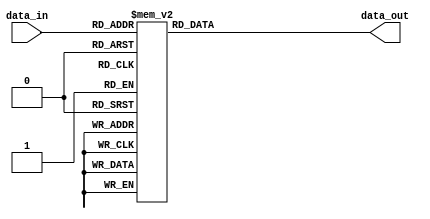
module seg (data_in,data_out);

input [2:0] data_in;
output reg [6:0] data_out;

always @ (*)
begin 
 
 case (data_in)
  3'b000: data_out = 1111110;
  3'b001: data_out = 0110000;
  3'b010: data_out = 1101101;
  3'b011: data_out = 1111001;
  3'b100: data_out = 1001111;
  3'b101: data_out = 1001111;
  3'b110: data_out = 1001111;
  3'b111: data_out = 1001111;
 endcase
end

endmodule

module seg_testbench ();

reg[2:0] data_in;
wire [6:0] data_out;

initial 
begin
 
 data_in = 3'b000; #10;
 data_in = 3'b001; #10;
 data_in = 3'b010; #10;
 data_in = 3'b011; #10;
 data_in = 3'b100; #10;
 data_in = 3'b101; #10;
 data_in = 3'b110; #10;
 data_in = 3'b111; #10;

end
    initial 
    begin
    $display ("\t \t  Time data_in   data_out");
    $monitor ("%d \t\t %b \t\t %b", $time , data_in , data_out);
    end

    seg A ( data_in, data_out);
endmodule